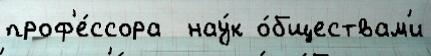
проф'е́ссора  нау́к о́бществам'и